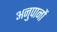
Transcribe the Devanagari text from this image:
अनुपानों